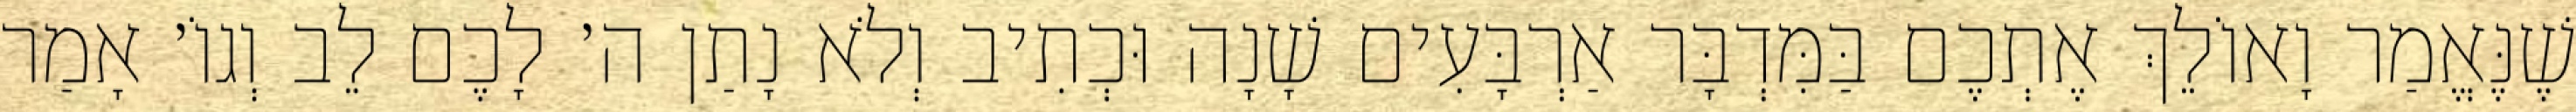
שֶׁנֶּאֱמַר וָאוֹלֵךְ אֶתְכֶם בַּמִּדְבָּר אַרְבָּעִים שָׁנָה וּכְתִיב וְלֹא נָתַן ה׳ לָכֶם לֵב וְגוֹ׳ אָמַר